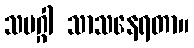
သမဂ္ဂါ သာသနေရတာ။